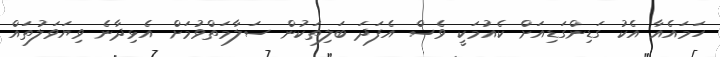
ހަމައެއާ އެކު ގަޑިންގަޑިއަށް ކެއުމަކީ ވެސް އެފަދަ ބަލިތަކުން ސަލާމަތްވުމަށް އެޅިދާނެ ވިޔަވަލުތައް